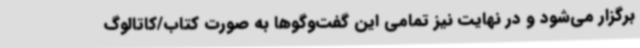
برگزار می‌شود و در نهایت نیز تمامی این گفت‌وگوها به صورت کتاب/کاتالوگ